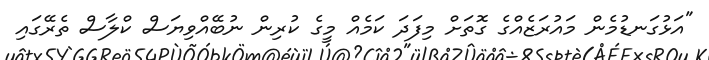
"އަޅުގަނޑުމެން މައުރަޒެއްގެ ގޮތަށް މިފަދަ ކަމެއް މީގެ ކުރިން ނުބޭއްވިޔަސް ކްލާސް ތެރޭގައި